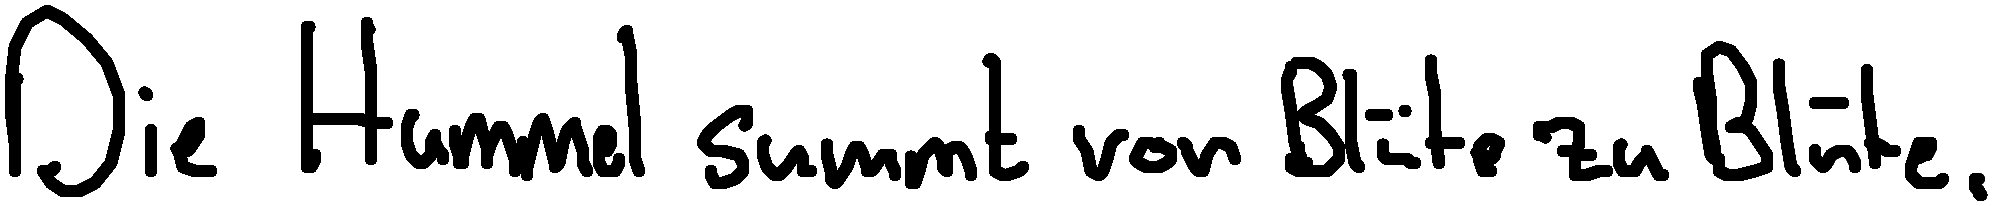
Die Hummel summt von Blüte zu Blüte.